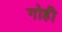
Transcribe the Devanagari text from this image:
गोही